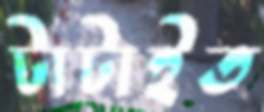
টাটাইত